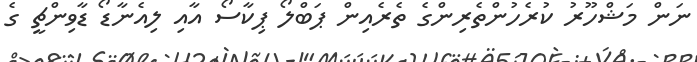
ނަން މަޝްހޫރު ކުރެހުންތެރިންގެ ތެރެއިން ޕަބްލޯ ޕިކާސޯ އާއި ލިއެނާޑޯ ޑާވިންޗީ ގެ